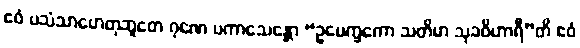
ဧဝံ ပသံသာဟေတုဘူတေ ဂုဏေ ပကာသေန္တော “ဥပေက္ခကော သတိမာ သုခဝိဟာရီ”တိ ဧဝံ